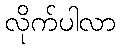
လိုက်ပါလာ